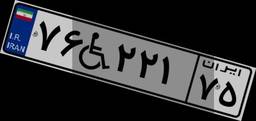
۷۰W۱۴۰۶۵